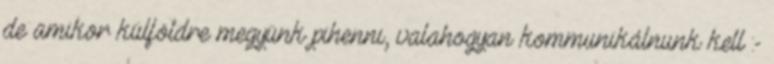
de amikor külföldre megyünk pihenni, valahogyan kommunikálnunk kell :-